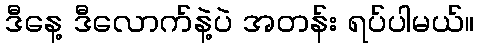
ဒီနေ့ ဒီလောက်နဲ့ပဲ အတန်း ရပ်ပါမယ်။